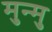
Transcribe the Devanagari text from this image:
मुन्मु